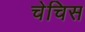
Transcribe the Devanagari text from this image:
चेचिस